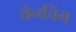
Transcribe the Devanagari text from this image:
येनचिंग